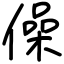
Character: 僺